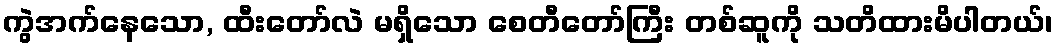
ကွဲအက်နေသော, ထီးတော်လဲ မရှိသော စေတီတော်ကြီး တစ်ဆူကို သတိထားမိပါတယ်၊